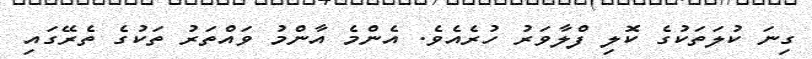
ގިނަ ކުލަތަކުގެ ކޮލި ފްލާވަރު ހުރެއެވެ. އެންމެ އާންމު ވައްތަރު ތަކުގެ ތެރޭގައި